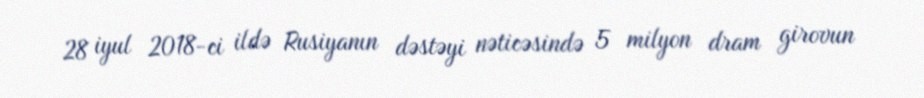
28 iyul 2018-ci ildə Rusiyanın dəstəyi nəticəsində 5 milyon dram girovun